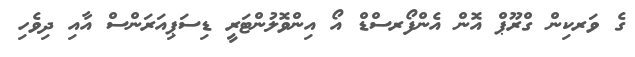
ގެ ވަރކިން ގްރޫޕް އޮން އެންފޯރސްޑް އޯ އިންވޮލުންޓަރީ ޑިސަޕިއަރަންސް އާއި ދިވެހި